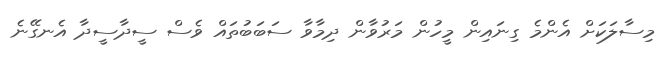
މިސާލަކަށް އެންމެ ގިނައިން މީހުން މަރުވާން ދިމާވާ ސަބަބުތައް ވެސް ސީދާސީދާ އެނގޭނެ